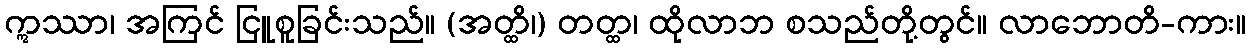
ဣဿာ၊ အကြင် ငြူစူခြင်းသည်။ (အတ္ထိ၊) တတ္ထ၊ ထိုလာဘ စသည်တို့တွင်။ လာဘောတိ-ကား။